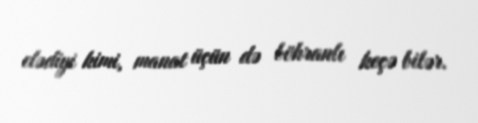
elədiyi kimi, manat üçün də böhranlı keçə bilər.